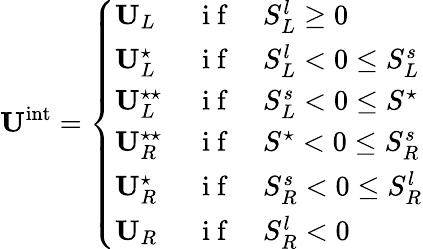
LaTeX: \mathbf{U}^{\mathrm{int}}=\left\{ \begin{array}{ll}{\mathbf{U}_{L}\, }&{\mathrm{~i~f~}\quad S_{L}^{l}\geq 0}\\ {\mathbf{U}_{L}^{\star}\, }&{\mathrm{~i~f~}\quad S_{L}^{l}<0\leq S_{L}^{s}}\\ {\mathbf{U}_{L}^{\star\star}\, }&{\mathrm{~i~f~}\quad S_{L}^{s}<0\leq S^{\star}}\\ {\mathbf{U}_{R}^{\star\star}\, }&{\mathrm{~i~f~}\quad S^{\star}<0\leq S_{R}^{s}}\\ {\mathbf{U}_{R}^{\star}\, }&{\mathrm{~i~f~}\quad S_{R}^{s}<0\leq S_{R}^{l}}\\ {\mathbf{U}_{R}\, }&{\mathrm{~i~f~}\quad S_{R}^{l}<0}\end{array}\right.